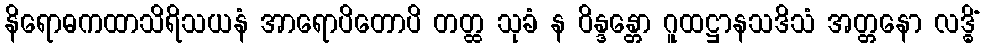
နိရောဓကထာသိရိသယနံ အာရောပိတောပိ တတ္ထ သုခံ န ဝိန္ဒန္တော ဂူထဋ္ဌာနသဒိသံ အတ္တနော လဒ္ဓိံ